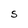
Character: S